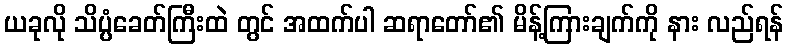
ယခုလို သိပ္ပံခေတ်ကြီးထဲ တွင် အထက်ပါ ဆရာတော်၏ မိန့်ကြားချက်ကို နား လည်ရန်